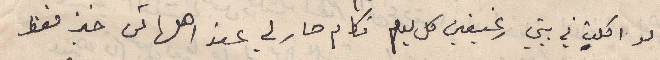
لو اكلت في بيتي رغيفين كل يوم فكام صار لي عند اهلها ثمن خبز فقط